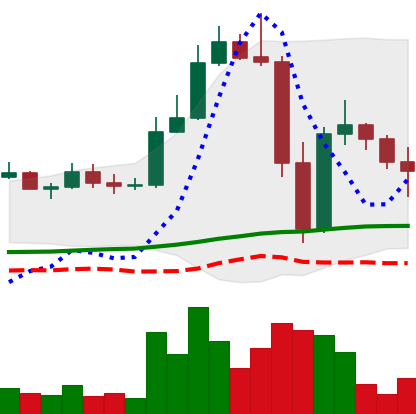
Ticker: LTC-USD
Chart end date: 2022-11-14
Forward return: 12.85%
Label: up_7plus